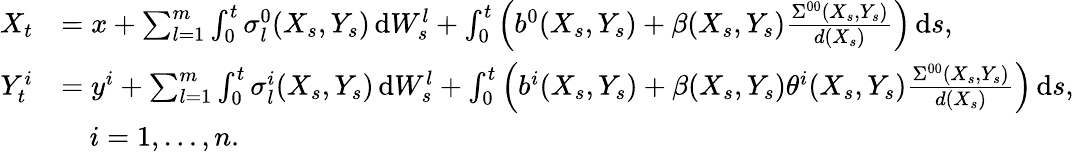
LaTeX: \begin{array}{rl}{X_{t}}&{=x+\sum_{l=1}^{m}\int_{0}^{t}\sigma_{l}^{0}(X_{s},Y_{s})\, \mathrm{d}W_{s}^{l}+\int_{0}^{t}\Big(b^{0}(X_{s},Y_{s})+\beta(X_{s},Y_{s})\frac{\Sigma^{00}(X_{s},Y_{s})}{d(X_{s})}\Big)\, \mathrm{d}s,}\\ {Y_{t}^{i}}&{=y^{i}+\sum_{l=1}^{m}\int_{0}^{t}\sigma_{l}^{i}(X_{s},Y_{s})\, \mathrm{d}W_{s}^{l}+\int_{0}^{t}\Big(b^{i}(X_{s},Y_{s})+\beta(X_{s},Y_{s})\theta^{i}(X_{s},Y_{s})\frac{\Sigma^{00}(X_{s},Y_{s})}{d(X_{s})}\Big)\, \mathrm{d}s,}\\ &{\quad i=1,\dots,n.}\end{array}